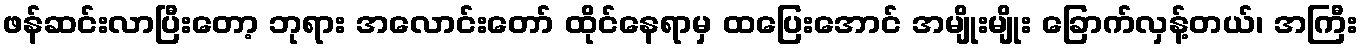
ဖန်ဆင်းလာပြီးတော့ ဘုရား အလောင်းတော် ထိုင်နေရာမှ ထပြေးအောင် အမျိုးမျိုး ခြောက်လှန့်တယ်၊ အကြီး